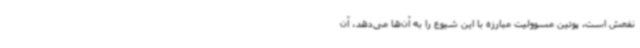
نفعش است. پوتین مسوولیت مبارزه با این شیوع را به آن‌ها می‌دهد، آن